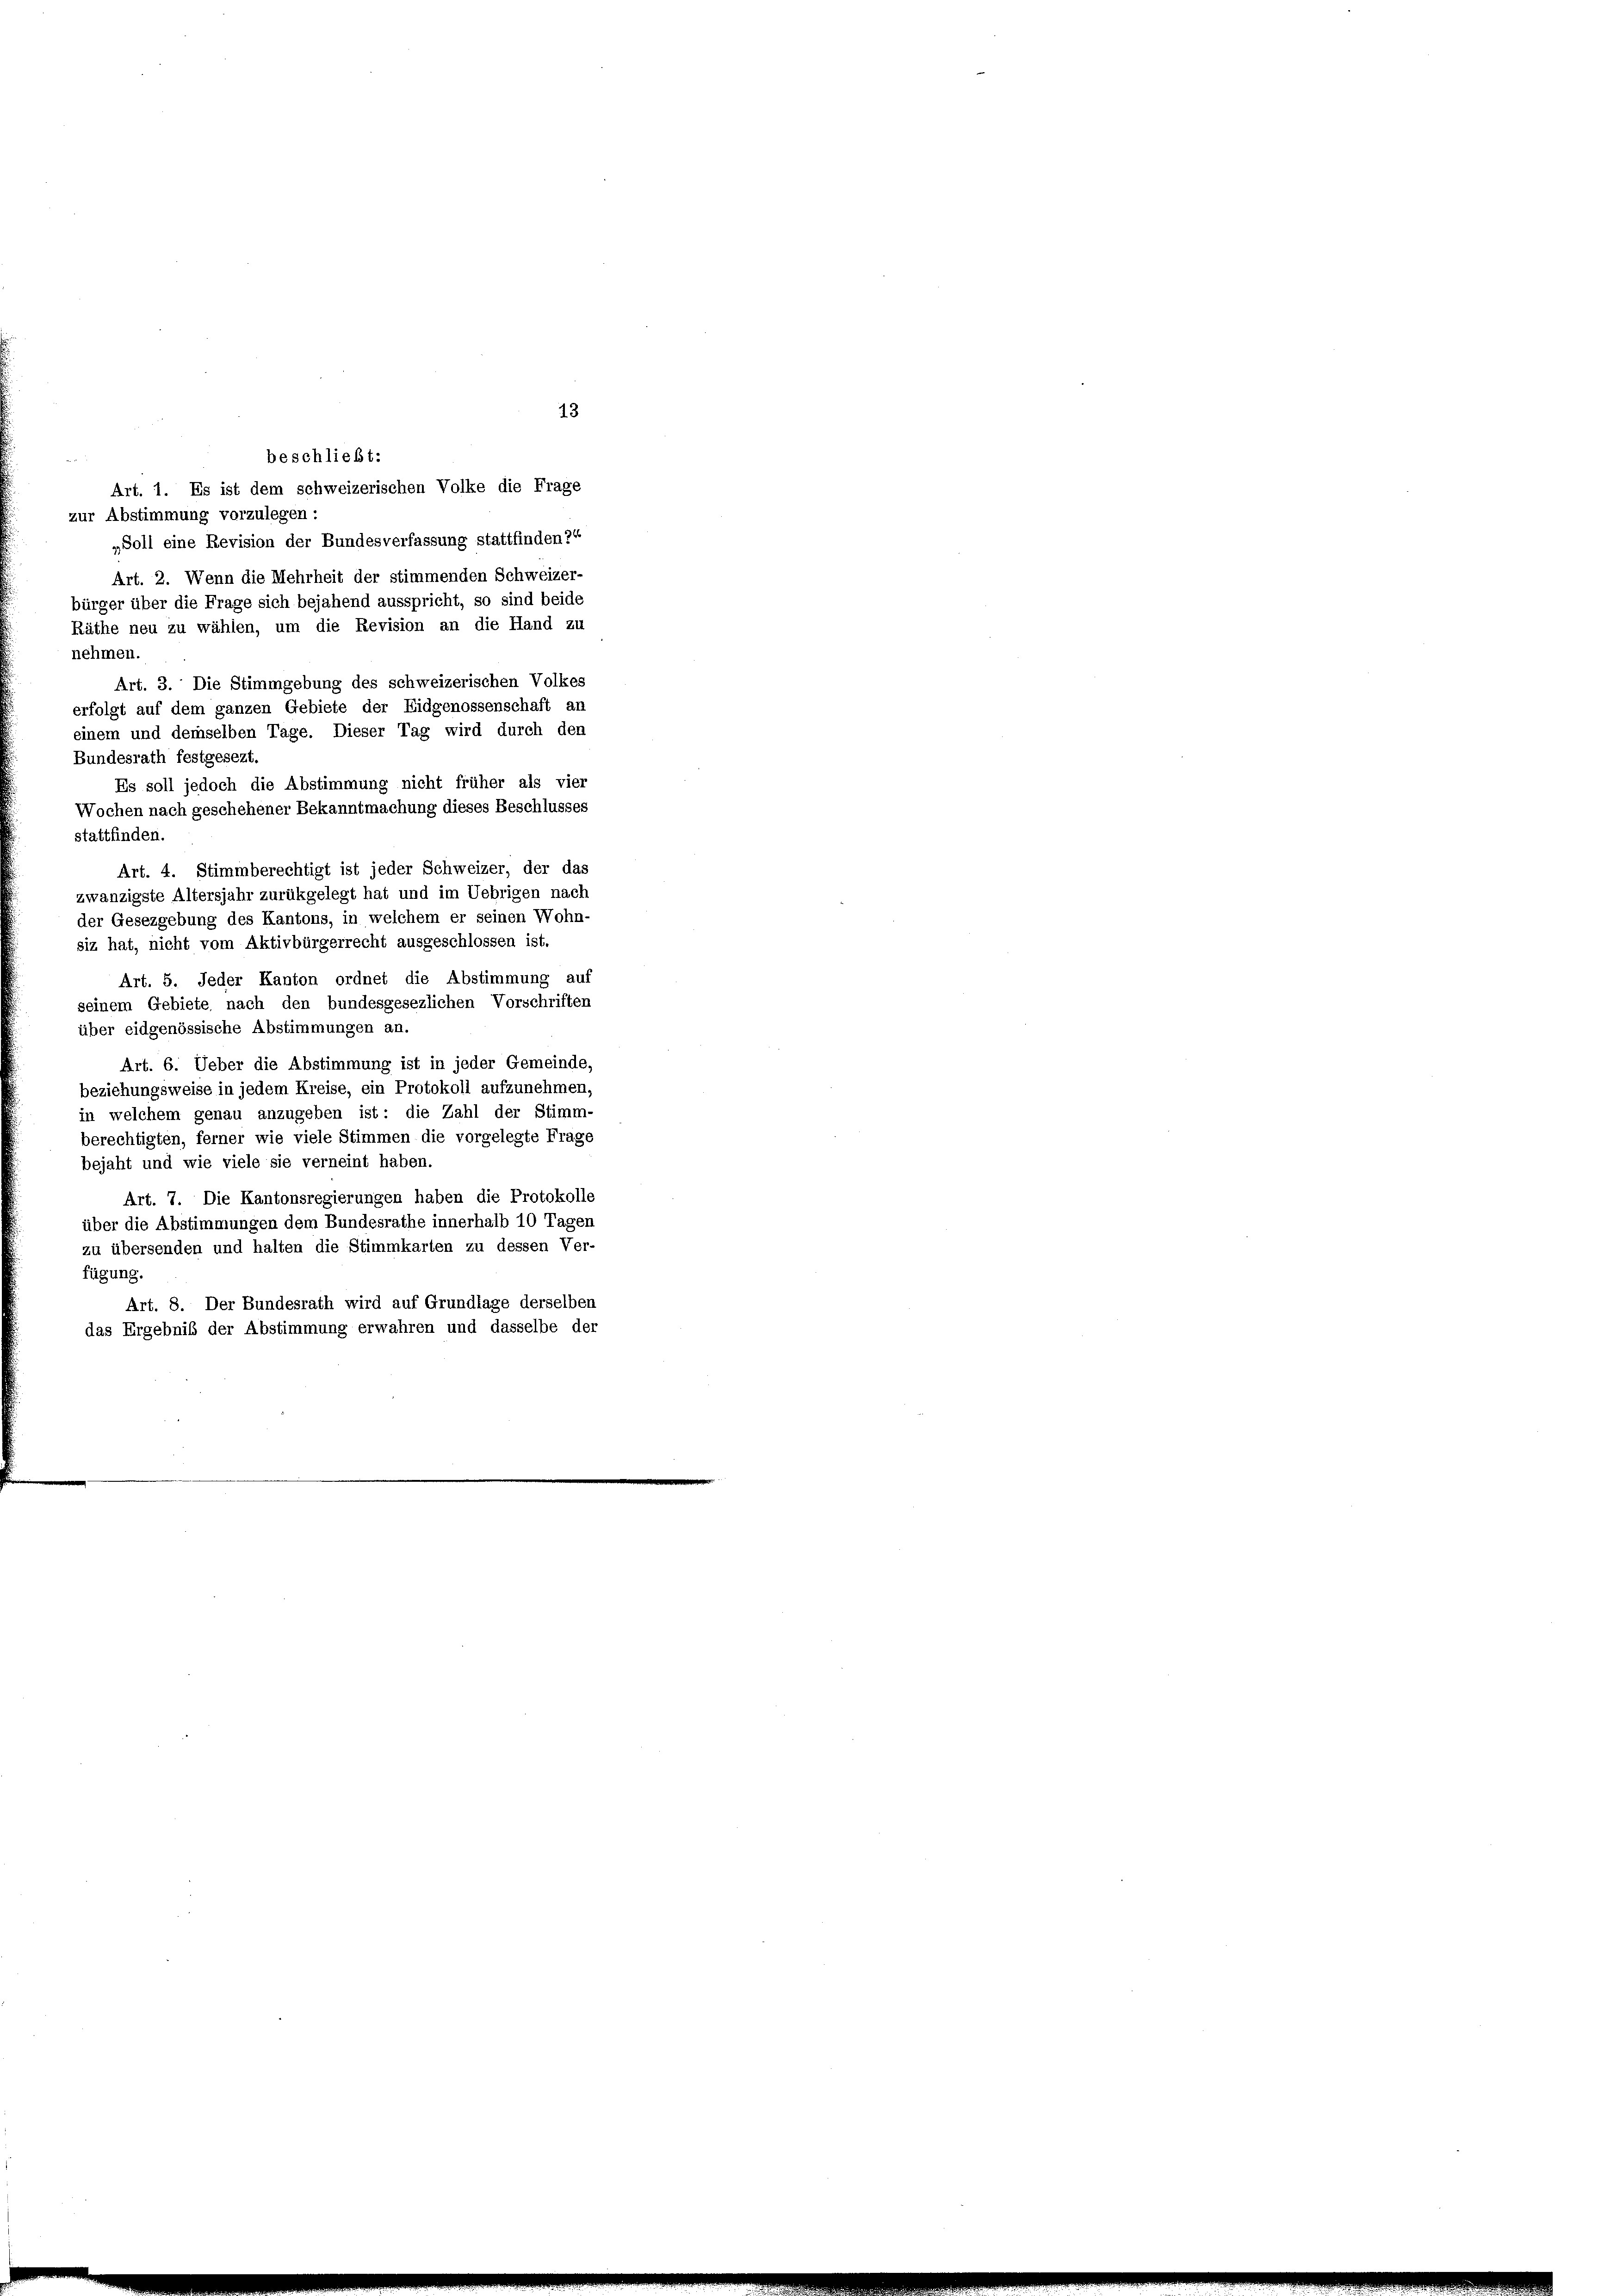
13
beschließt:
Art. 1. Es ist dem schweizerischen Volke die Frage
zur Abstimmung vorzulegen :
„Soll eine Revision der Bundesverfassung stattfinden?“
Art. 2. Wenn die Mehrheit der stimmenden Schweizer-
bürger über die Frage sich bejahend ausspricht, so sind beide
Räthe neu zu wählen, um die Revision an die Hand zu
nehmen.
Art. 3. Die Stimmgebung des schweizerischen Volkes
erfolgt auf dem ganzen Gebiete der Eidgenossenschaft an
einem und demselben Tage. Dieser Tag wird durch den
Bundesrath festgesezt.
Es soll jedoch die Abstimmung nicht früher als vier
Wochen nach geschehener Bekanntmachung dieses Beschlusses
stattfinden.
Art. 4. Stimmberechtigt ist jeder Schweizer, der das
zwanzigste Altersjahr zurükgelegt hat und im Uebrigen nach
der Gesezgebung des Kantons, in welchem er seinen Wohn-
siz hat, nicht vom Aktivbürgerrecht ausgeschlossen ist.
Art. 5. Jeder Kanton ordnet die Abstimmung auf
seinem Gebiete nach den bundesgesezlichen Vorschriften
über eidgenössische Abstimmungen an.
Art. 6. Ueber die Abstimmung ist in jeder Gemeinde,
beziehungsweise in jedem Kreise, ein Protokoll aufzunehmen,
in welchem genau anzugeben ist: die Zahl der Stimm-
berechtigten, ferner wie viele Stimmen die vorgelegte Frage
bejaht und wie viele sie verneint haben.
Art. 7. Die Kantonsregierungen haben die Protokolle
über die Abstimmungen dem Bundesrathe innerhalb 10 Tagen
zu übersenden und halten die Stimmkarten zu dessen Ver-
fügung.
Art. 8. Der Bundesrath wird auf Grundlage derselben
das Ergebnis der Abstimmung erwahren und dasselbe der